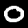
Label: 0